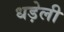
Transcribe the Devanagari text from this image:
धड़ेली